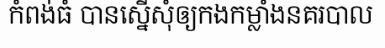
កំពង់ធំ បានស្នើសុំឲ្យកងកម្លាំងនគរបាល